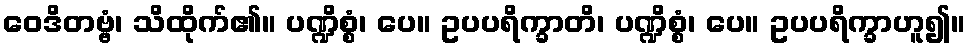
ဝေဒိတဗ္ဗံ၊ သိထိုက်၏။ ပဏ္ဍိစ္စံ၊ ပေ။ ဥပပရိက္ခာတိ၊ ပဏ္ဍိစ္စံ၊ ပေ။ ဥပပရိက္ခာဟူ၍။